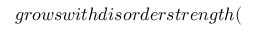
g r o w s w i t h d i s o r d e r s t r e n g t h (